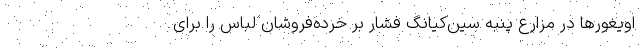
اویغورها در مزارع پنبه سین‌کیانگ فشار بر خرده‌فروشان لباس را برای